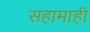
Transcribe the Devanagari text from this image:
सहामाही